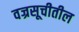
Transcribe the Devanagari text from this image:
वज्रसूचीतील